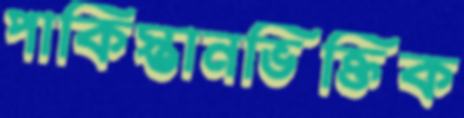
পাকিস্তানভিক্তিক